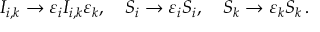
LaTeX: I _ { i , k } \to \varepsilon _ { i } I _ { i , k } \varepsilon _ { k } , \quad S _ { i } \to \varepsilon _ { i } S _ { i } , \quad S _ { k } \to \varepsilon _ { k } S _ { k } \, .